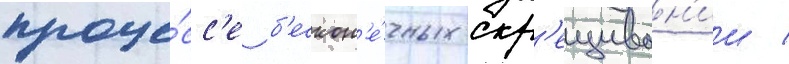
проце́сс'е б'ескон'е́чных скр'ещиван'ии /